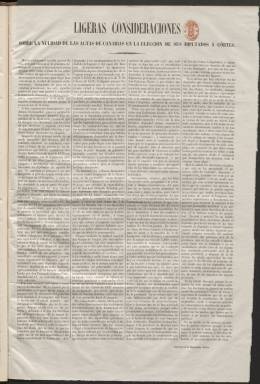
Título: La Unión (Madrid. 1854)
Colección: Periódicos
Ámbito geográfico: Madrid
Lugar de publicación: Madrid
Fechas: 01/12/1854-17/03/1855